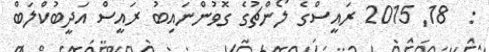
:  18